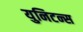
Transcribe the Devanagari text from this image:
युनिटन्स